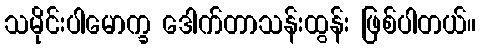
သမိုင်းပါမောက္ခ ဒေါက်တာသန်းထွန်း ဖြစ်ပါတယ်။